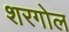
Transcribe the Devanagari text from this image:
शरगोल